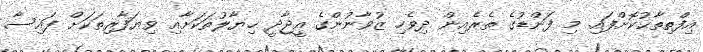
އިފްތިތާޙުކޮށްފައި. މި ފަންޑުގެ ތެރެއިން ދިވެހި ޒުވާނުންގެ އީޖާދީ ޚިޔާލުތަކަށާއި ވިޔަފާރިތަކަށް ފައިސާ